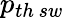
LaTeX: p_{th\thinspace sw}